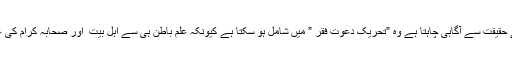
ہاں البتہ جو خلوصِ نیت سے حقیقت سے آگاہی چاہتا ہے وہ ”تحریک دعوتِ فقر ” میں شامل ہو سکتا ہے کیونکہ علمِ باطن ہی سے اہلِ بیت ؑ اور صحابہ کرامؓ کی عظمت سے آگاہی ہوتی ہے ۔